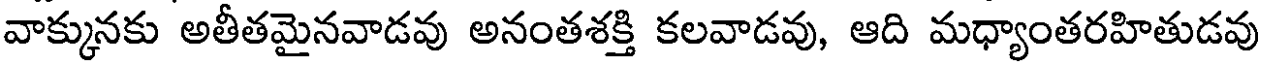
వాక్కునకు అతీతమైనవాడవు అనంతశక్తి కలవాడవు, ఆది మధ్యాంతరహితుడవు